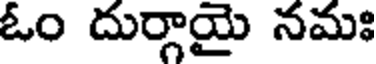
ఓం దుర్గాయై నమః